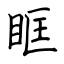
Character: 眶